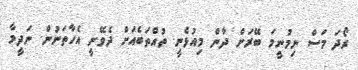
ރޯދަ މަސް ނިމުނީމަ ބޭރަށް ދާން މިއުޅެނީ. ތުއްތަބެއަށް ދެވޭނީ އެހާތަނުން. ނަދީމާ